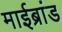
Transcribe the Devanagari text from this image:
माईब्रांड